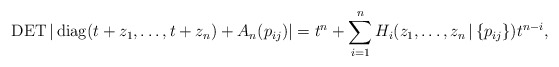
\begin{gather*}\operatorname{DET} |\operatorname{diag}(t+z_1, \ldots,t+z_n)+A_n(p_{ij})| =t^n+\sum_{i=1}^{n} H_{i}(z_1,\ldots,z_n \,|\, \{p_{ij} \}) t^{n-i}, \end{gather*}